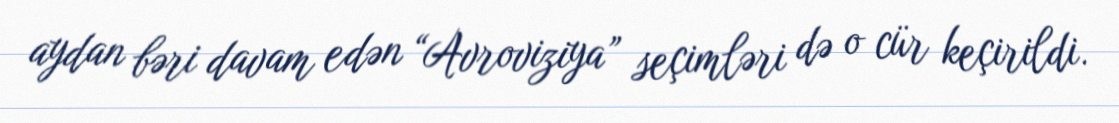
aydan bəri davam edən “Avroviziya” seçimləri də o cür keçirildi.